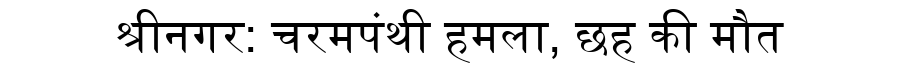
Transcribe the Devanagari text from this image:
श्रीनगर: चरमपंथी हमला, छह की मौत